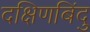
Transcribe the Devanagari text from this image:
दक्षिणबिंदु